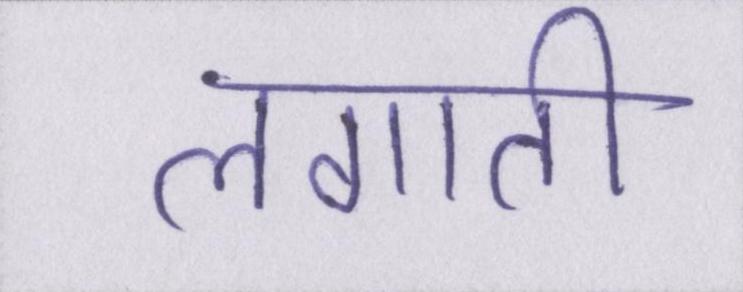
लगाती